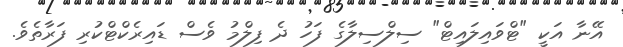
އޭނާ އަކީ "ޓްވައިލައިޓް" ސިލްސިލާގެ ފަހު ދެ ފިލްމު ވެސް ޑައިރެކްޓްކުރި ފަރާތެވެ.